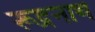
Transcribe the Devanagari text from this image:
रूद्रनाथ